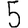
Digit: 5